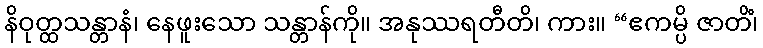
နိဝုတ္ထသန္တာနံ၊ နေဖူးသော သန္တာန်ကို။ အနုဿရတီတိ၊ ကား။ “ဧကမ္ပိ ဇာတိံ၊